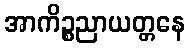
အာကိဉ္စညာယတ္တနေ